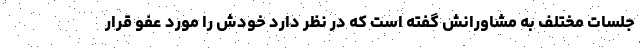
جلسات مختلف به مشاورانش گفته است که در نظر دارد خودش را مورد عفو قرار